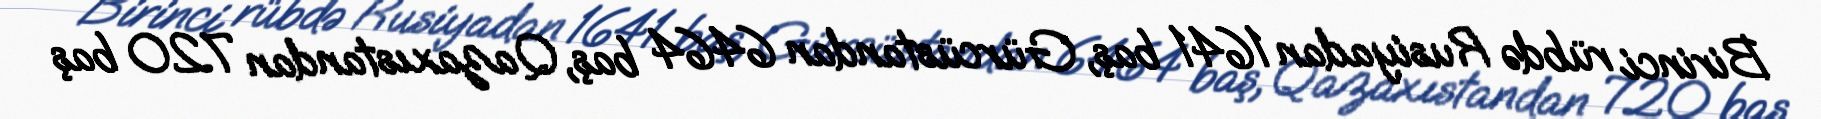
Birinci rübdə Rusiyadan 1641 baş, Gürcüstandan 6464 baş, Qazaxıstandan 720 baş